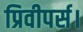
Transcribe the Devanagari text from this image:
प्रिवीपर्स।